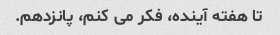
تا هفته آینده، فکر می کنم، پانزدهم.